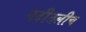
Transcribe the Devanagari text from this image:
नदीतलीच